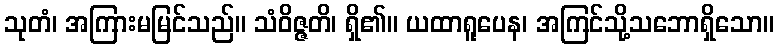
သုတံ၊ အကြားမမြင်သည်။ သံဝိဇ္ဇတိ၊ ရှိ၏။ ယထာရူပေန၊ အကြင်သို့သဘောရှိသော။